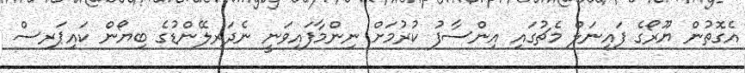
އެގޮތުން ޔޫރޯގެ ފައިނަލް މެޗުގައި އިންސާފު ކުރުމަށް ނިންމާފައިވަނީ ނެދަރލޭންޑުގެ ބިޔޯން ކައިޕަރސް